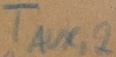
Text: TAUX,2